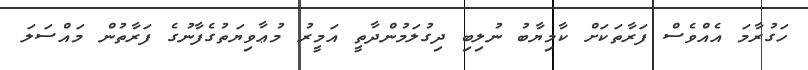
ހަގުރާމަ އެއްވެސް ފަރާތަކަށް ކާމިޔާބު ނުލިބި ދިގުލަމުންދާތީ އަމީރު މުޢާވިޔަތުގެފާނުގެ ފަރާތުން މައްސަލަ